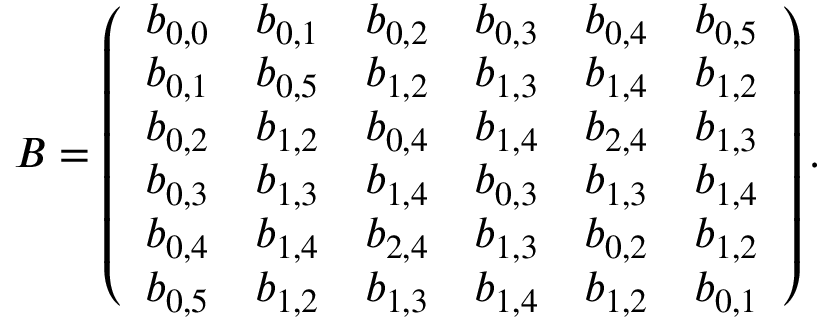
B = \left( \begin{array} { l l l l l l } { b _ { 0 , 0 } } & { b _ { 0 , 1 } } & { b _ { 0 , 2 } } & { b _ { 0 , 3 } } & { b _ { 0 , 4 } } & { b _ { 0 , 5 } } \\ { b _ { 0 , 1 } } & { b _ { 0 , 5 } } & { b _ { 1 , 2 } } & { b _ { 1 , 3 } } & { b _ { 1 , 4 } } & { b _ { 1 , 2 } } \\ { b _ { 0 , 2 } } & { b _ { 1 , 2 } } & { b _ { 0 , 4 } } & { b _ { 1 , 4 } } & { b _ { 2 , 4 } } & { b _ { 1 , 3 } } \\ { b _ { 0 , 3 } } & { b _ { 1 , 3 } } & { b _ { 1 , 4 } } & { b _ { 0 , 3 } } & { b _ { 1 , 3 } } & { b _ { 1 , 4 } } \\ { b _ { 0 , 4 } } & { b _ { 1 , 4 } } & { b _ { 2 , 4 } } & { b _ { 1 , 3 } } & { b _ { 0 , 2 } } & { b _ { 1 , 2 } } \\ { b _ { 0 , 5 } } & { b _ { 1 , 2 } } & { b _ { 1 , 3 } } & { b _ { 1 , 4 } } & { b _ { 1 , 2 } } & { b _ { 0 , 1 } } \end{array} \right) .